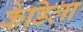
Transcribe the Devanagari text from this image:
कैडिला